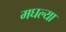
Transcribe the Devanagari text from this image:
मघल्या